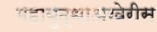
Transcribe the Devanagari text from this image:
महायुद्धाअखेरीस